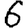
Digit: 6